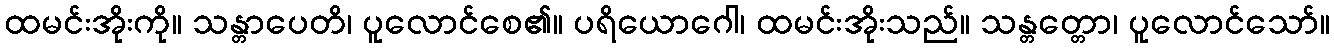
ထမင်းအိုးကို။ သန္တာပေတိ၊ ပူလောင်စေ၏။ ပရိယောဂေါ၊ ထမင်းအိုးသည်။ သန္တတ္တော၊ ပူလောင်သော်။